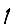
Digit: 1